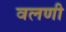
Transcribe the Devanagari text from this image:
वलणी